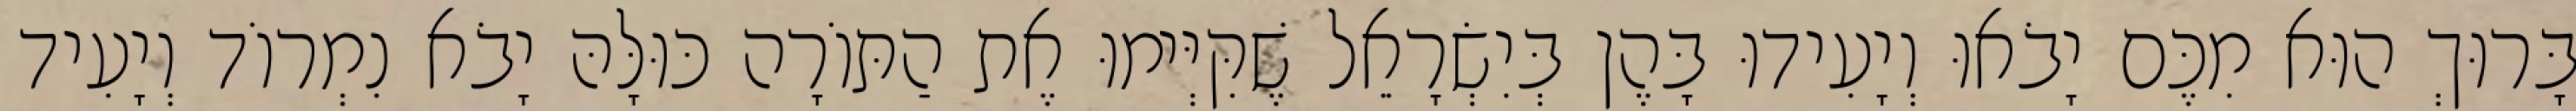
בָּרוּךְ הוּא מִכֶּם יָבֹאוּ וְיָעִידוּ בָּהֶן בְּיִשְׂרָאֵל שֶׁקִּיְּימוּ אֶת הַתּוֹרָה כּוּלָּהּ יָבֹא נִמְרוֹד וְיָעִיד